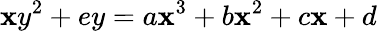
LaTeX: \mathbf{x}y^{2}+ey=a\mathbf{x}^{3}+b\mathbf{x}^{2}+c\mathbf{x}+d